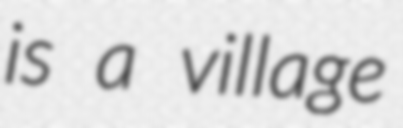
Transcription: is a village